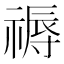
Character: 𥛑